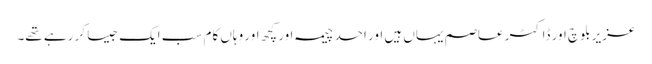
عزیر بلوچ اور ڈاکٹر عاصم یہاں ہیں اور احد چیمہ اور کچھ اور وہاں کام سب ایک جیسا کر رہے تھے۔